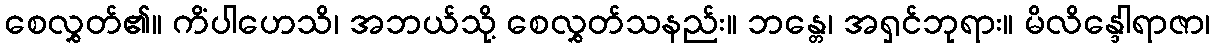
စေလွှတ်၏။ ကိံပါဟေသိ၊ အဘယ်သို့ စေလွှတ်သနည်း။ ဘန္တေ၊ အရှင်ဘုရား။ မိလိန္ဒေါရာဇာ၊